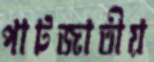
পাটজাতীয়